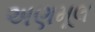
અણમૂલ